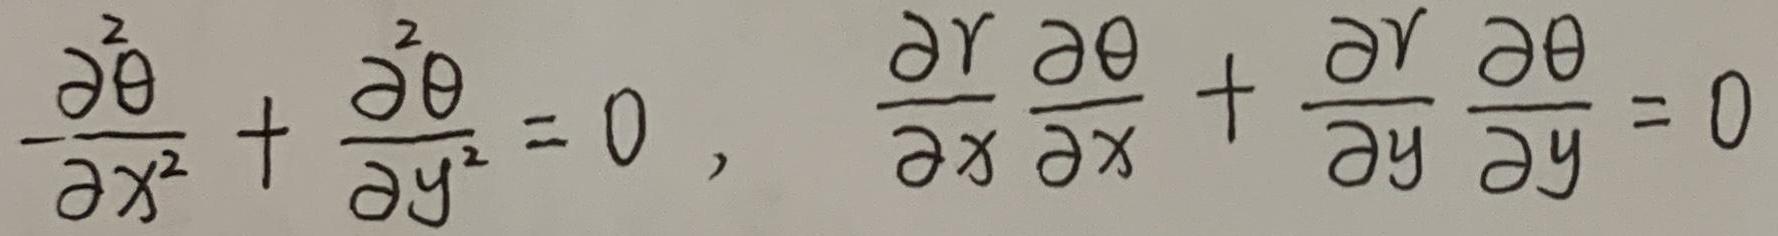
\[ -\frac{\partial^{2} \theta}{\partial x^{2}} + \frac{\partial^{2} \theta}{\partial y^{2}} = 0, \quad \frac{\partial r}{\partial x} \frac{\partial \theta}{\partial x} + \frac{\partial r}{\partial y} \frac{\partial \theta}{\partial y} = 0 \]